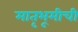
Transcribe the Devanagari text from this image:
मातृभूमीची